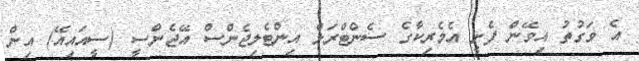
އެ ވަގުތު އިވޭން ފެށީ އެމެރިކާގެ ސެންޓްރަލް އިންޓެލިޖެންސް އޭޖެންސީ (ސީއައިއޭ) އިން